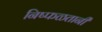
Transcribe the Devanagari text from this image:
निष्फळतानी